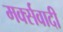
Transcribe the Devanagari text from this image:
मर्क्सवादी